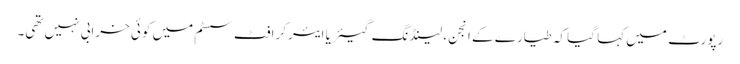
رپورٹ میں کہا گیا کہ طیارے کے انجن، لینڈنگ گیئر یا ایئر کرافٹ سسٹم میں کوئی خرابی نہیں تھی۔